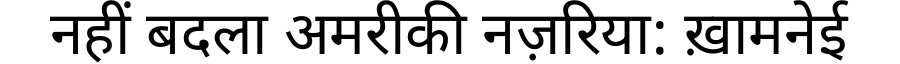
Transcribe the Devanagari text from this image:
नहीं बदला अमरीकी नज़रिया: ख़ामनेई